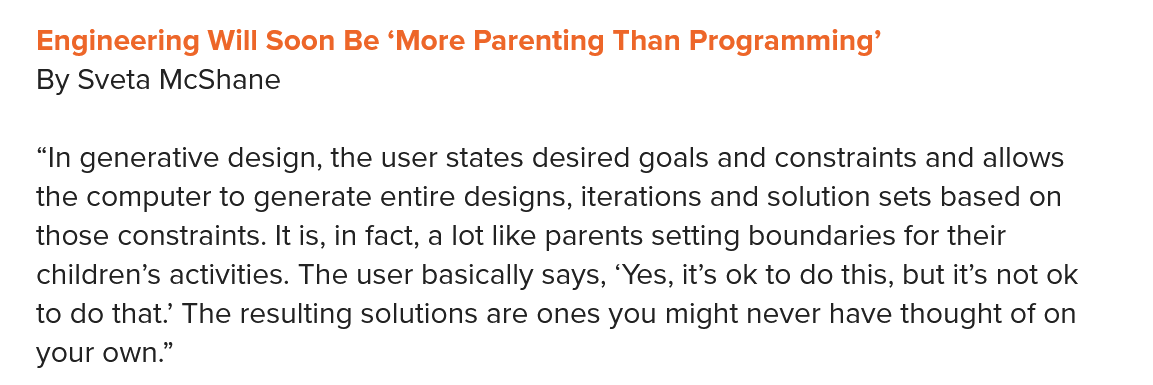
“In generative design, the user states desired goals and constraints and allows
   the computer to generate entire designs, iterations and solution sets based on
   those constraints. It is, in fact, a lot like parents setting boundaries for their
   children’s activities. The user basically says, ‘Yes, it’s ok to do this, but it’s not ok
   to do that’ The resulting solutions are ones you might never have thought of on
   your own.”
   Engineering Will Soon Be ‘More Parenting Than  Programming’
   By Sveta McShane